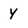
Character: Y